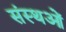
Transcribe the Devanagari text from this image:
संस्थओं